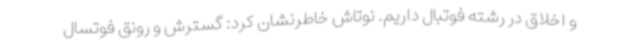
و اخلاق در رشته فوتبال داریم. نوتاش خاطرنشان کرد: گسترش و رونق فوتسال